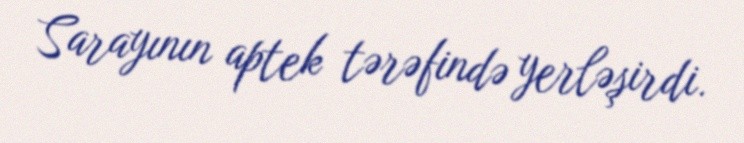
Sarayının aptek tərəfində yerləşirdi.